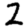
Digit: 2